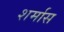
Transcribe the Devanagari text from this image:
शर्मास